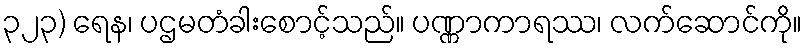
၃၂၃) ရေန၊ ပဌမတံခါးစောင့်သည်။ ပဏ္ဏာကာရဿ၊ လက်ဆောင်ကို။